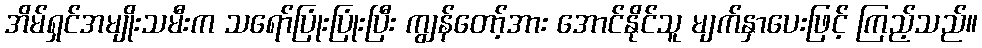
အိမ်ရှင်အမျိုးသမီးက သရော်ပြုံးပြုံးပြီး ကျွန်တော့်အား အောင်နိုင်သူ မျက်နှာပေးဖြင့် ကြည့်သည်။